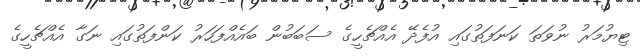
ޓިޔުމަރު ނުވަތަ ކަނަފަތުގައި އުފެދޭ އެއްޗެހީގެ ސަބަބުން ބައެއްފަހަރު ކަންފަތުގައި ނަގާ އެއްޗެހީގެ